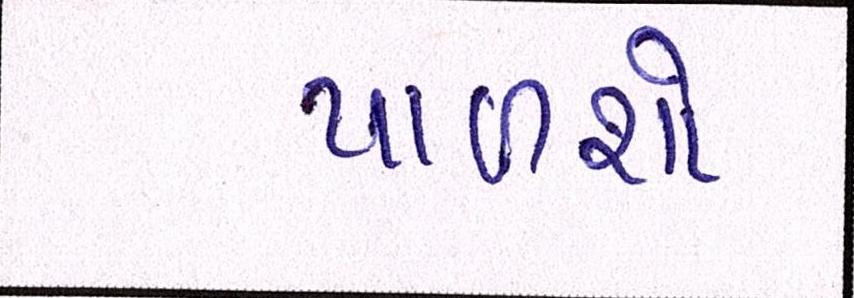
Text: પાળશો